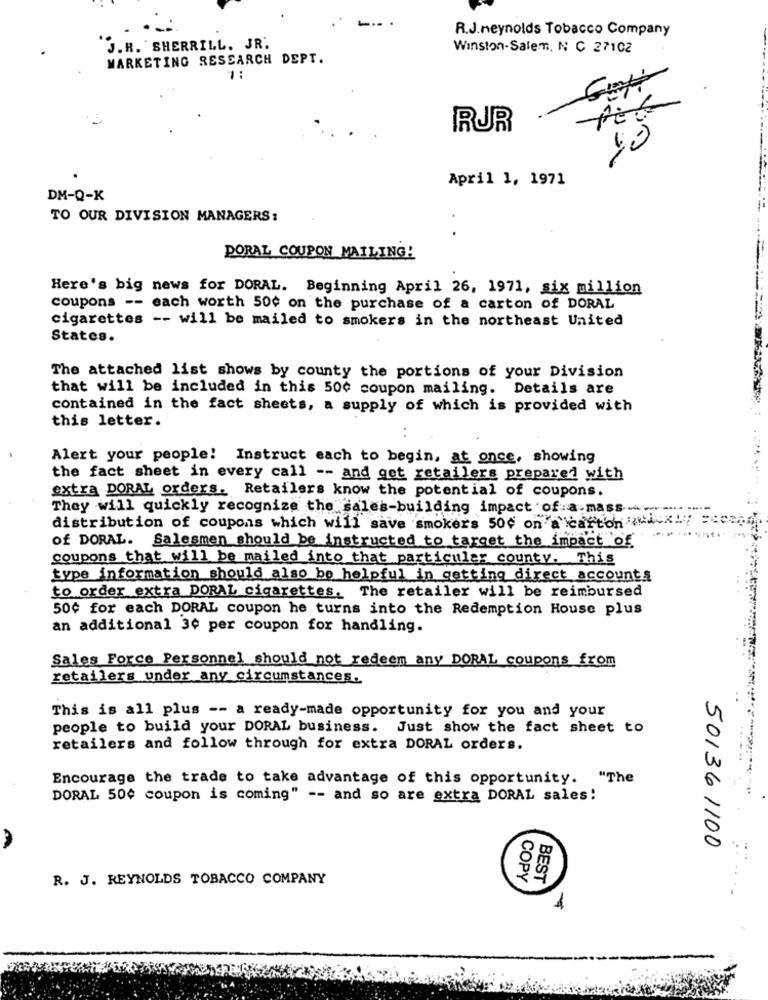
-.-
R.J.neynolds Tobacco Company
J.R. SHERRILL. JR.
Winston-Salem, N C 27102
MARKETING RESEARCH DEPT.
"1:
RUR
April 1, 1971
DM-Q-K
TO OUR DIVISION MANAGERS:
..
PORAL COUPON MAILING!
Here's big news for DORAL. Beginning April 26, 1971, six million
coupons -- each worth 50¢ on the purchase of a carton of DORAL
cigarettes -- will be mailed to smokers in the northeast United
States.
The attached list shows by county the portions of your Division
that will be included in this 500 coupon mailing. Details are
contained in the fact sheets, a supply of which is provided with
this letter.
Alert your people! Instruct each to begin, at once, showing
the fact sheet in every call -- and get retailers prepared with
extra DORAL orders. Retailers know the potential of coupons.
They will quickly recognize the sales-building impact of a mass
distribution of coupons which will save smokers 500 on a carton ica!
of DORAL. Salesmen should be instructed to target the impact of
coupons that will be mailed into that particular county. This
type information should also be helpful in getting direct accounts
to order extra DORAL cigarettes, The retailer will be reimbursed
50¢ for each DORAL coupon he turns into the Redemption House plus
an additional 30 per coupon for handling.
Sales Force Personnel should not redeem any DORAL coupons from
retailers under any circumstances.
This is all plus -- a ready-made opportunity for you and your
people to build your DORAL business. Just show the fact sheet to
retailers and follow through for extra DORAL orders.
Encourage the trade to take advantage of this opportunity. "The
DORAL 500 coupon is coming" -- and so are extra DORAL sales!
50136 1100
R. J. REYNOLDS TOBACCO COMPANY
COPY
BEST
1